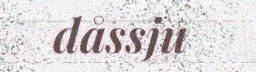
dåssju